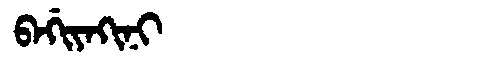
Manchu: ᠪᠠᡤᡳᠶᠠᡴᡳᠨᡳ
Romanization: BAGIYAKINI